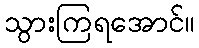
သွားကြရအောင်။